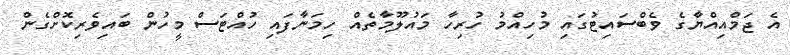
އެ ޖަމްއިއްޔާގެ ވެބްސައިޓުގައި މުހިއްމު ހުރިހާ މައުލޫމާތެއް ހިމަނާފައި ހުއްޓަސް މީހުން ބައިވެރިކޮށްގެން